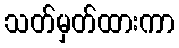
သတ်မှတ်ထားကာ